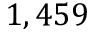
1 , 4 5 9